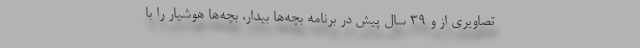
تصاویری از و ۳۹ سال پیش در برنامه بچه‌ها بیدار، بچه‌ها هوشیار را با